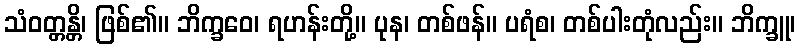
သံဝတ္တန္တိ၊ ဖြစ်၏။ ဘိက္ခဝေ၊ ရဟန်းတို့။ ပုန၊ တစ်ဖန်။ ပရံစ၊ တစ်ပါးတုံလည်း။ ဘိက္ခူ၊